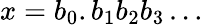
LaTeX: x=b_{0}.b_{1}b_{2}b_{3}\ldots